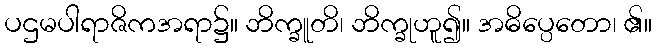
ပဌမပါရာဇိကအရာ၌။ ဘိက္ခူတိ၊ ဘိက္ခုဟူ၍။ အဓိပ္ပေတော၊ ၏။